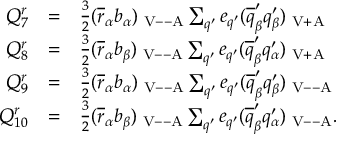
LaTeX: \begin{array} { r c l } { { Q _ { 7 } ^ { r } } } & { { = } } & { { \frac { 3 } { 2 } ( \overline { { { r } } } _ { \alpha } b _ { \alpha } ) _ { \mathrm { { \scriptsize ~ V - - A } } } \sum _ { q ^ { \prime } } e _ { q ^ { \prime } } ( \overline { { { q } } } _ { \beta } ^ { \prime } q _ { \beta } ^ { \prime } ) _ { \mathrm { { \scriptsize ~ V + A } } } } } \\ { { Q _ { 8 } ^ { r } } } & { { = } } & { { \frac { 3 } { 2 } ( \overline { { { r } } } _ { \alpha } b _ { \beta } ) _ { \mathrm { { \scriptsize ~ V - - A } } } \sum _ { q ^ { \prime } } e _ { q ^ { \prime } } ( \overline { { { q } } } _ { \beta } ^ { \prime } q _ { \alpha } ^ { \prime } ) _ { \mathrm { { \scriptsize ~ V + A } } } } } \\ { { Q _ { 9 } ^ { r } } } & { { = } } & { { \frac { 3 } { 2 } ( \overline { { { r } } } _ { \alpha } b _ { \alpha } ) _ { \mathrm { { \scriptsize ~ V - - A } } } \sum _ { q ^ { \prime } } e _ { q ^ { \prime } } ( \overline { { { q } } } _ { \beta } ^ { \prime } q _ { \beta } ^ { \prime } ) _ { \mathrm { { \scriptsize ~ V - - A } } } } } \\ { { Q _ { 1 0 } ^ { r } } } & { { = } } & { { \frac { 3 } { 2 } ( \overline { { { r } } } _ { \alpha } b _ { \beta } ) _ { \mathrm { { \scriptsize ~ V - - A } } } \sum _ { q ^ { \prime } } e _ { q ^ { \prime } } ( \overline { { { q } } } _ { \beta } ^ { \prime } q _ { \alpha } ^ { \prime } ) _ { \mathrm { { \scriptsize ~ V - - A } } } . } } \end{array}